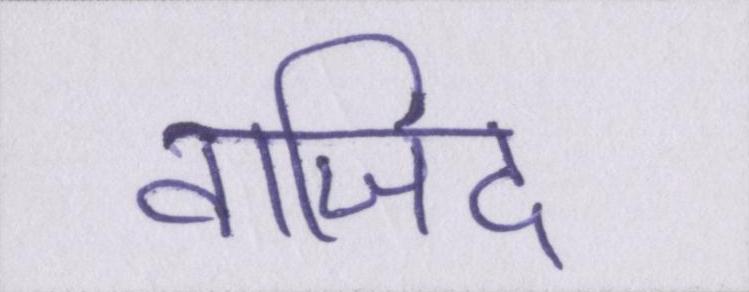
वाजिद